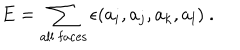
LaTeX: E = \sum _ { \mathrm { a l l ~ f a c e s } } \epsilon ( a _ { i } , a _ { j } , a _ { k } , a _ { l } ) ~ .